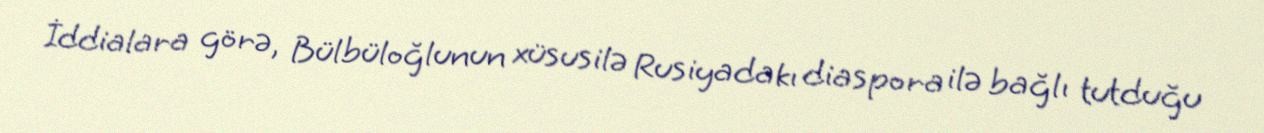
İddialara görə, Bülbüloğlunun xüsusilə Rusiyadakı diaspora ilə bağlı tutduğu